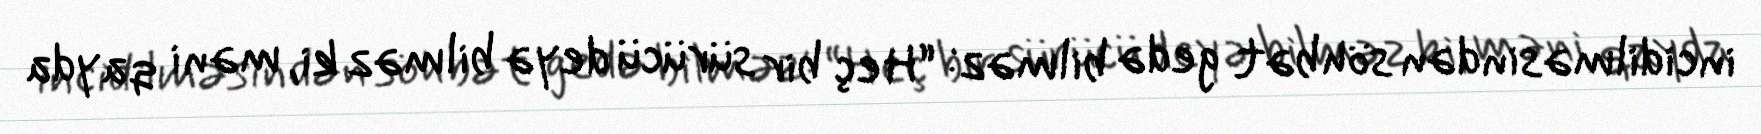
incidilməsindən söhbət gedə bilməz: “Heç bir sürücü deyə bilməz ki, məni qayda